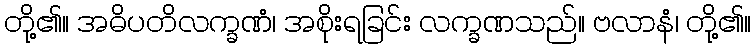
တို့၏။ အဓိပတိလက္ခဏံ၊ အစိုးရခြင်း လက္ခဏသည်။ ဗလာနံ၊ တို့၏။